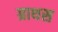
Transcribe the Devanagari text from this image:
ग्राथस